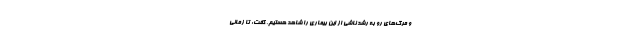
و مرگ‌های رو به رشد ناشی از این بیماری را شاهد هستیم، گفت: تا زمانی